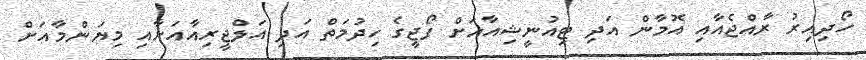
ހޯދިއިރު ރާއްޖެއާއި އޮމާން އަދި ޓިއުނީޝިއާއަށް ފޯޖީގެ ހިދުމަތް އަދި އަލްޖީރިއާއަށާއި މިޔަންމާއަށް